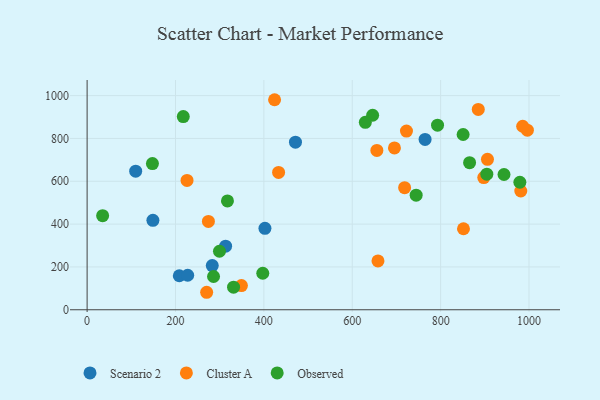
{"axis": {"x": "Study Hours", "y": "Salary"}, "legend": ["Cluster A", "Observed", "Scenario 2"], "data": [{"x": "208.6", "y": 158.7, "type": "Scenario 2"}, {"x": "227.6", "y": 161.1, "type": "Scenario 2"}, {"x": "283.2", "y": 206.2, "type": "Scenario 2"}, {"x": "109.9", "y": 646.9, "type": "Scenario 2"}, {"x": "313.4", "y": 297.0, "type": "Scenario 2"}, {"x": "764.8", "y": 795.5, "type": "Scenario 2"}, {"x": "148.9", "y": 417.4, "type": "Scenario 2"}, {"x": "402.4", "y": 380.4, "type": "Scenario 2"}, {"x": "471.5", "y": 782.7, "type": "Scenario 2"}, {"x": "274.5", "y": 412.3, "type": "Cluster A"}, {"x": "906.0", "y": 702.3, "type": "Cluster A"}, {"x": "655.7", "y": 744.2, "type": "Cluster A"}, {"x": "349.2", "y": 112.8, "type": "Cluster A"}, {"x": "424.2", "y": 980.8, "type": "Cluster A"}, {"x": "981.4", "y": 554.6, "type": "Cluster A"}, {"x": "897.6", "y": 617.1, "type": "Cluster A"}, {"x": "718.5", "y": 570.2, "type": "Cluster A"}, {"x": "658.2", "y": 227.9, "type": "Cluster A"}, {"x": "722.7", "y": 834.4, "type": "Cluster A"}, {"x": "270.5", "y": 81.6, "type": "Cluster A"}, {"x": "433.3", "y": 641.3, "type": "Cluster A"}, {"x": "851.7", "y": 378.3, "type": "Cluster A"}, {"x": "695.5", "y": 755.5, "type": "Cluster A"}, {"x": "996.3", "y": 838.6, "type": "Cluster A"}, {"x": "226.1", "y": 603.9, "type": "Cluster A"}, {"x": "885.2", "y": 935.7, "type": "Cluster A"}, {"x": "985.7", "y": 856.9, "type": "Cluster A"}, {"x": "865.5", "y": 687.0, "type": "Observed"}, {"x": "646.1", "y": 908.4, "type": "Observed"}, {"x": "793.0", "y": 861.8, "type": "Observed"}, {"x": "317.6", "y": 508.0, "type": "Observed"}, {"x": "286.1", "y": 155.2, "type": "Observed"}, {"x": "331.4", "y": 105.4, "type": "Observed"}, {"x": "943.4", "y": 631.7, "type": "Observed"}, {"x": "744.6", "y": 534.9, "type": "Observed"}, {"x": "35.1", "y": 439.3, "type": "Observed"}, {"x": "299.5", "y": 273.3, "type": "Observed"}, {"x": "979.3", "y": 595.3, "type": "Observed"}, {"x": "217.6", "y": 902.0, "type": "Observed"}, {"x": "397.5", "y": 170.5, "type": "Observed"}, {"x": "850.9", "y": 818.3, "type": "Observed"}, {"x": "147.8", "y": 682.6, "type": "Observed"}, {"x": "629.6", "y": 875.4, "type": "Observed"}, {"x": "904.5", "y": 633.1, "type": "Observed"}]}